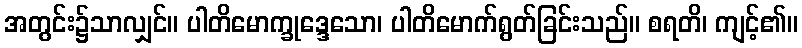
အတွင်း၌သာလျှင်။ ပါတိမောက္ခုဒ္ဒေသော၊ ပါတိမောက်ရွတ်ခြင်းသည်။ စရတိ၊ ကျင့်၏။